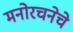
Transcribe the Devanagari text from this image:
मनोरचनेचे